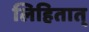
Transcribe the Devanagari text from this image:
लिहितात्